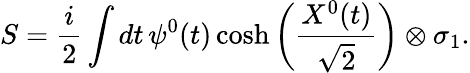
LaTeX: S=\frac{i}{2}\int dt\, \psi^{0}(t)\cosh\left(\frac{X^{0}(t)}{\sqrt{2}}\right)\otimes\sigma_{1}.